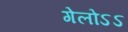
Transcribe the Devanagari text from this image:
गेलोऽऽ